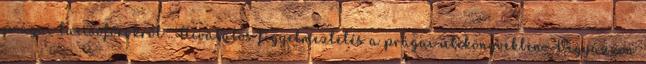
prágai taxisofőrökről . Hivatalos figyelmeztetés a prágai útikönyvekben: Vigyázzon